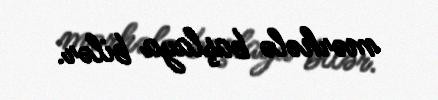
mərhələ başlaya bilər.